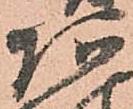
阿